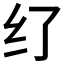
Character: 𱺑